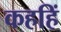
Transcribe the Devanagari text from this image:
कहहिं